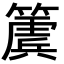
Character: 𮆔